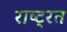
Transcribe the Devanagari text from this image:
राष्ट्रत